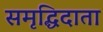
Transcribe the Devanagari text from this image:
समृद्धिदाता